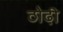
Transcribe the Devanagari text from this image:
ठोढी़